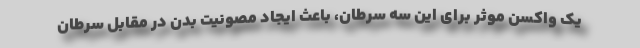
یک واکسن موثر برای این سه سرطان، باعث ایجاد مصونیت بدن در مقابل سرطان